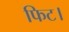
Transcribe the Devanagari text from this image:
फिट।